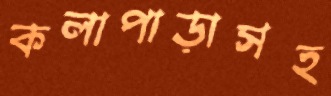
কলাপাড়াসহ